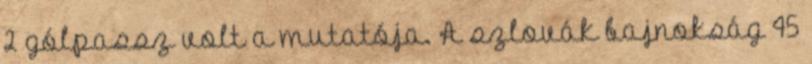
2 gólpassz volt a mutatója. A szlovák bajnokság 45